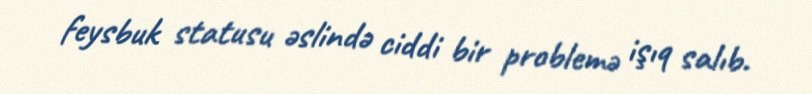
feysbuk statusu əslində ciddi bir problemə işıq salıb.